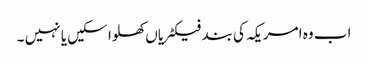
اب وہ امریکہ کی بند فیکٹریاں کھلوا سکیں یا نہیں ۔